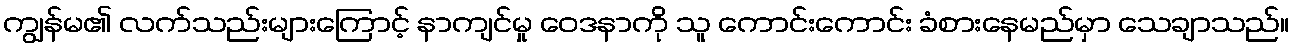
ကျွန်မ၏ လက်သည်းများကြောင့် နာကျင်မှု ဝေဒနာကို သူ ကောင်းကောင်း ခံစားနေမည်မှာ သေချာသည်။